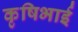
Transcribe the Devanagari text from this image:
कृषिभाई